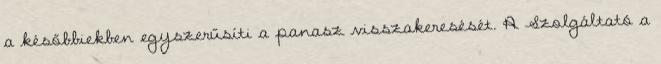
a későbbiekben egyszerűsíti a panasz visszakeresését. A Szolgáltató a